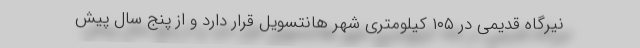
نیرگاه قدیمی در ۱۰۵ کیلومتری شهر هانتسویل قرار دارد و از پنج سال پیش